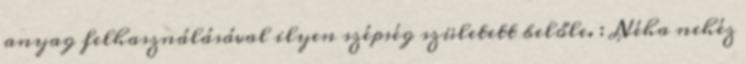
anyag felhasználásával ilyen szépség született belőle. : Néha nehéz